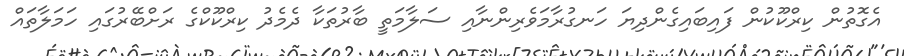
އެގޮތުން ކިރްކޫކުން ފައިބައިގެންދިޔަ ހަނގުރާމަވެރިންނާއި ސަލާމަތީ ބާރުތަކާ ދެމެދު ކިރްކޫކްގެ ރަށްބޭރުގައި ހަމަލާތައް